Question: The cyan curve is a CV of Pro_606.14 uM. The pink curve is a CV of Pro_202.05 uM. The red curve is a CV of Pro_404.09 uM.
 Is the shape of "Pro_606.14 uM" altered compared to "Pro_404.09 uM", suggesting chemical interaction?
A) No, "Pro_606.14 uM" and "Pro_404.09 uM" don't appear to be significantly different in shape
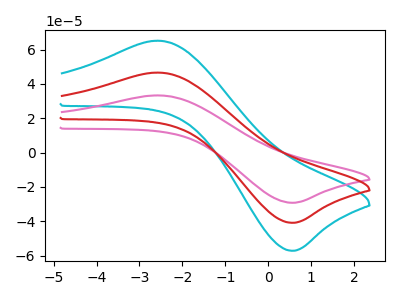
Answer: <think>The cyan curve "Pro_606.14 uM" has an anodic peak at (-2.55V, 93.30uA) and a cathodic peak at (0.55V, -81.80uA). The pink curve "Pro_202.05 uM" has an anodic peak at (-2.55V, 33.35uA) and a cathodic peak at (0.55V, -29.25uA). The red curve "Pro_404.09 uM" has an anodic peak at (-2.55V, 46.65uA) and a cathodic peak at (0.55V, -40.90uA).
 All the peaks in "Pro_606.14 uM" have a peak in "Pro_404.09 uM" at the same potential. Every peak in "Pro_606.14 uM" is higher than every peak in "Pro_404.09 uM".</think>
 <answer>A) No, "Pro_606.14 uM" and "Pro_404.09 uM" don't appear to be significantly different in shape</answer>
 <eval>A</eval>